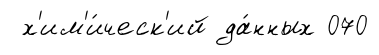
х'им'и́ческ'ий да́нных 070